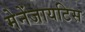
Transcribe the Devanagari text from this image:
मेनेंजायटिस